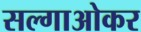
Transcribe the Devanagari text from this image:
सल्गाओकर